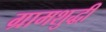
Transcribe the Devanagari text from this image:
ग्रामशुद्धी